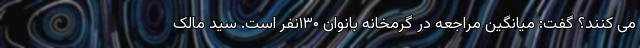
می کنند؟ گفت: میانگین مراجعه در گرمخانه بانوان ۱۳۰نفر است. سید مالک